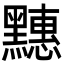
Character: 𪒜